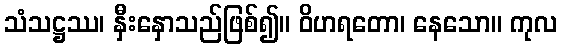
သံသဋ္ဌဿ၊ နှီးနှောသည်ဖြစ်၍။ ဝိဟရတော၊ နေသော။ ကုလ